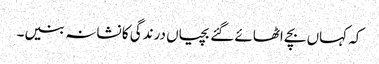
کہ کہاں بچے اٹھائے گئے بچیاں درندگی کا نشانہ بنیں۔